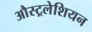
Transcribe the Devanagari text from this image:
औस्ट्रलेशियन